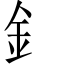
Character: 釒